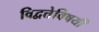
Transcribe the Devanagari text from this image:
विद्वत्तेविषयीं